Document type: Oath
Year: 1447
Scribe: Pere Figuerola
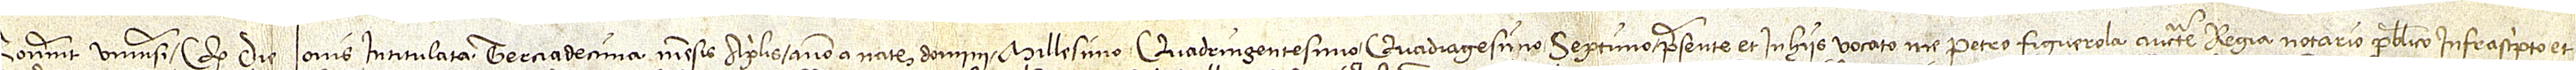
Noverint universi quod die iovis terciadecima mensis aprilis, anno a Nativitate Domini millesimo quadringentesimo quadragesimo septimo et in hiis vocato me Petro Figuerola, auctoritate regia notario publico infrascripto et